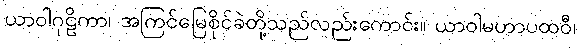
ယာဝါဂုဠိကာ၊ အကြင်မြေစိုင်ခဲတို့သည်လည်းကောင်း။ ယာဝါမဟာပထဝီ၊